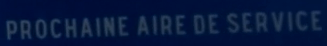
PROCHAINE AIRE DE SERVICE